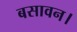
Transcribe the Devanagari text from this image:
बसावन।